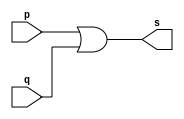
// ------------------------- 
// Exemplo0004 - OR 
// Nome: Andr Henriques Fernandes 
// ------------------------- 
 
// ------------------------- 
// -- or gate 
// ------------------------- 
module orgate ( output s, 
                            input   p, q); 
 assign s = p | q; 
endmodule // orgate 
 
// --------------------- 
// -- test or gate 
// --------------------- 
module testorgate; 
// ------------------------- dados locais 
   reg   a, b; // definir registradores 
   wire  s;    // definir conexao (fio) 
// ------------------------- instancia 
   orgate OR1 (s, a, b); 
// ------------------------- preparacao 
   initial begin:start 
                   // atribuicao simultanea 
                   // dos valores iniciais 
      a=0; b=0; 
   end  
// ------------------------- parte principal 
 
   initial begin 
      $display("Exemplo0004 - Andre Henriques Fernandes - 427386"); 
      $display("Test OR gate"); 
      $display("\na & b = s\n"); 
      a=0; b=0; 
  #1  $display("%b & %b = %b", a, b, s); 
      a=0; b=1; 
  #1  $display("%b & %b = %b", a, b, s); 
      a=1; b=0; 
  #1  $display("%b & %b = %b", a, b, s); 
      a=1; b=1; 
  #1  $display("%b & %b = %b", a, b, s); 
 end 
 
endmodule // testorgate